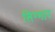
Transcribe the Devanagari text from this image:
सिग्मार